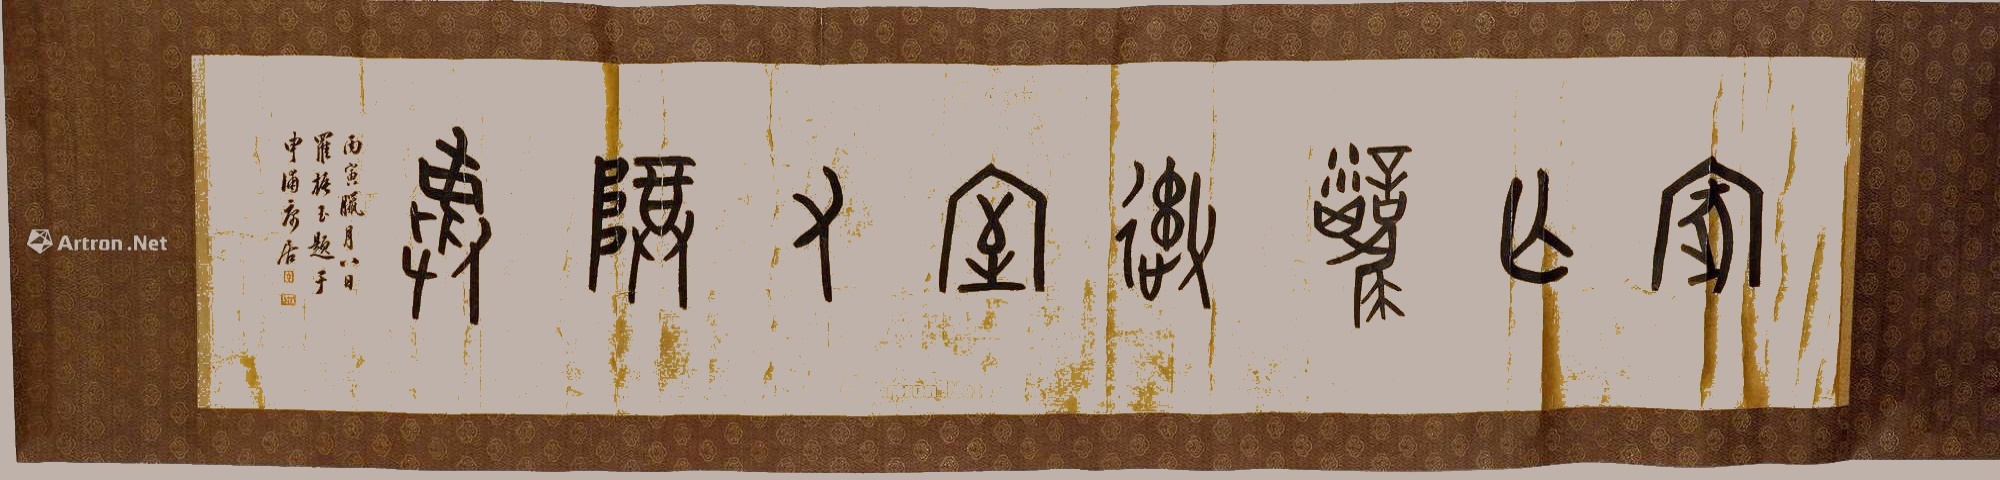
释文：家无仆御，室有尊彝。丙寅腊月八日，罗振玉题于申浦康居。